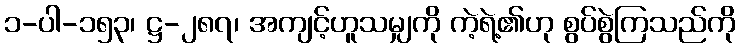
၁-ပါ-၁၅၃၊ ဋ္ဌ-၂၈၇၊ အကျင့်ဟူသမျှကို ကဲ့ရဲ့၏ဟု စွပ်စွဲကြသည်ကို